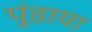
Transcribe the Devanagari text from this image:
पुंडाया